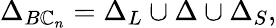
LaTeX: \Delta_{B\mathbb{C}_{n}}=\Delta_{L}\cup\Delta\cup\Delta_{S},